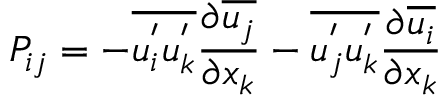
P _ { i j } = - \overline { { u _ { i } ^ { ' } u _ { k } ^ { ' } } } \frac { \partial \overline { { u _ { j } } } } { \partial x _ { k } } - \overline { { u _ { j } ^ { ' } u _ { k } ^ { ' } } } \frac { \partial \overline { { u _ { i } } } } { \partial x _ { k } }